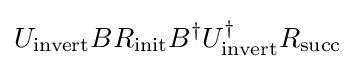
U_{\mathrm {invert} }BR_{\mathrm {init} }B^{\dagger }U_{\mathrm {invert} }^{\dagger }R_{\mathrm {succ} }